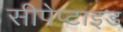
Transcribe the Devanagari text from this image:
सीपेप्टाइड